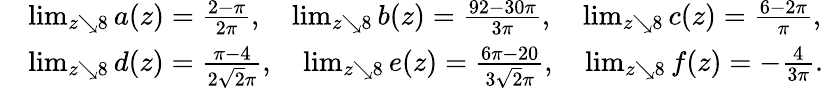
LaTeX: \begin{array}{rl}&{\operatorname*{lim}_{z\searrow 8}a(z)=\frac{2-\pi}{2\pi},\quad\operatorname*{lim}_{z\searrow 8}b(z)=\frac{92-30\pi}{3\pi},\quad\operatorname*{lim}_{z\searrow 8}c(z)=\frac{6-2\pi}{\pi},}\\ &{\operatorname*{lim}_{z\searrow 8}d(z)=\frac{\pi-4}{2\sqrt{2}\pi},\quad\operatorname*{lim}_{z\searrow 8}e(z)=\frac{6\pi-20}{3\sqrt{2}\pi},\quad\operatorname*{lim}_{z\searrow 8}f(z)=-\frac{4}{3\pi}.}\end{array}